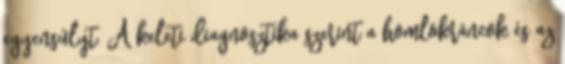
egyensúlyt. A keleti diagnosztika szerint a homlokráncok és az